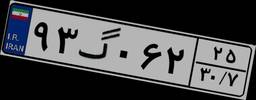
۹۳گ۰۶۲۲۵